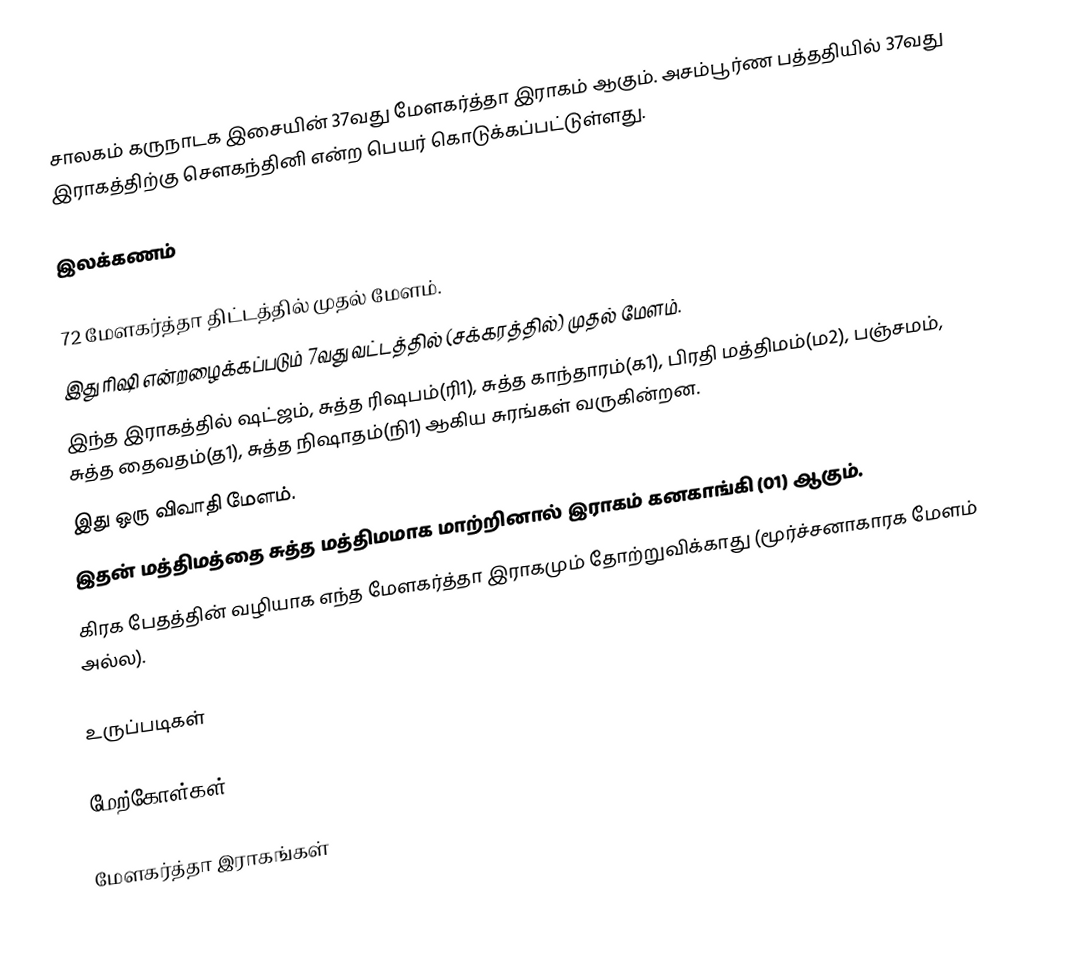
சாலகம் கருநாடக இசையின் 37வது மேளகர்த்தா இராகம் ஆகும். அசம்பூர்ண பத்ததியில் 37வது இராகத்திற்கு சௌகந்தினி என்ற பெயர் கொடுக்கப்பட்டுள்ளது.

இலக்கணம்

 72 மேளகர்த்தா திட்டத்தில் முதல் மேளம்.
 இது ரிஷி என்றழைக்கப்படும் 7வது வட்டத்தில் (சக்கரத்தில்) முதல் மேளம்.
 இந்த இராகத்தில் ஷட்ஜம், சுத்த ரிஷபம்(ரி1), சுத்த காந்தாரம்(க1), பிரதி மத்திமம்(ம2), பஞ்சமம், சுத்த தைவதம்(த1), சுத்த நிஷாதம்(நி1) ஆகிய சுரங்கள் வருகின்றன.
 இது ஒரு விவாதி மேளம்.
 இதன் மத்திமத்தை சுத்த மத்திமமாக மாற்றினால் இராகம் கனகாங்கி (01) ஆகும்.
 கிரக பேதத்தின் வழியாக எந்த மேளகர்த்தா இராகமும் தோற்றுவிக்காது (மூர்ச்சனாகாரக மேளம் அல்ல).

உருப்படிகள்

மேற்கோள்கள்

மேளகர்த்தா இராகங்கள்